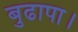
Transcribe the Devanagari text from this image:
बुढापा।